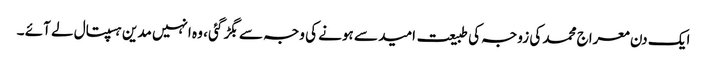
ایک دن معراج محمد کی زوجہ کی طبیعت امید سے ہونے کی وجہ سے بگڑ گئی ، وہ انہیں مدین ہسپتال لے آئے ۔